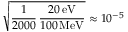
\sqrt { \frac { 1 } { 2 0 0 0 } \, \frac { 2 0 \, \mathrm { e V } } { 1 0 0 \, \mathrm { M e V } } } \approx 1 0 ^ { - 5 }